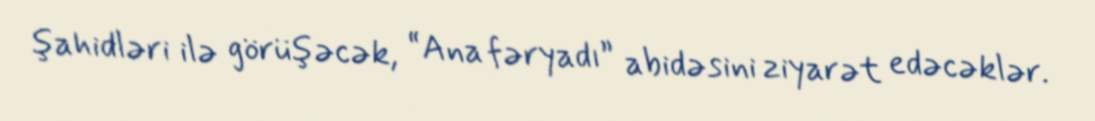
şahidləri ilə görüşəcək, “Ana fəryadı” abidəsini ziyarət edəcəklər.